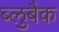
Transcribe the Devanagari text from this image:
ब्लुबैक